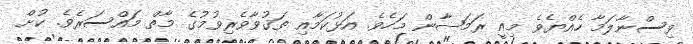
ވިސްނާލަމާ ހެއްޔެވެ މިއީ ރަމަޟާން މަހެވެ. އަޅުކަމާއި ތަޤުވާވެރިވުމުގެ މާތް މައްސަރެވެ. ކުށް